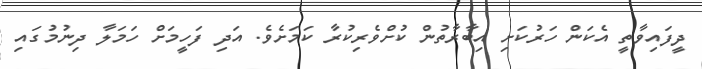
ދީފައިވާތީ އެކަން ހަރުކަށި އިބާރާތުން ކުށްވެރިކުރާ ކަމަށެވެ. އަދި ފަހީމަށް ހަމަލާ ދިނުމުގައި